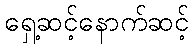
ရှေ့ဆင့်နောက်ဆင့်